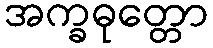
အက္ခဓုတ္တော